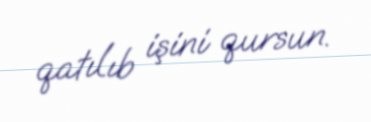
qatılıb işini qursun.